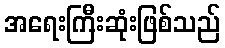
အရေးကြီးဆုံးဖြစ်သည်